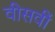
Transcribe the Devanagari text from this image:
वीसवीं